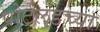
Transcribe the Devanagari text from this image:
पोर्टलंडच्या